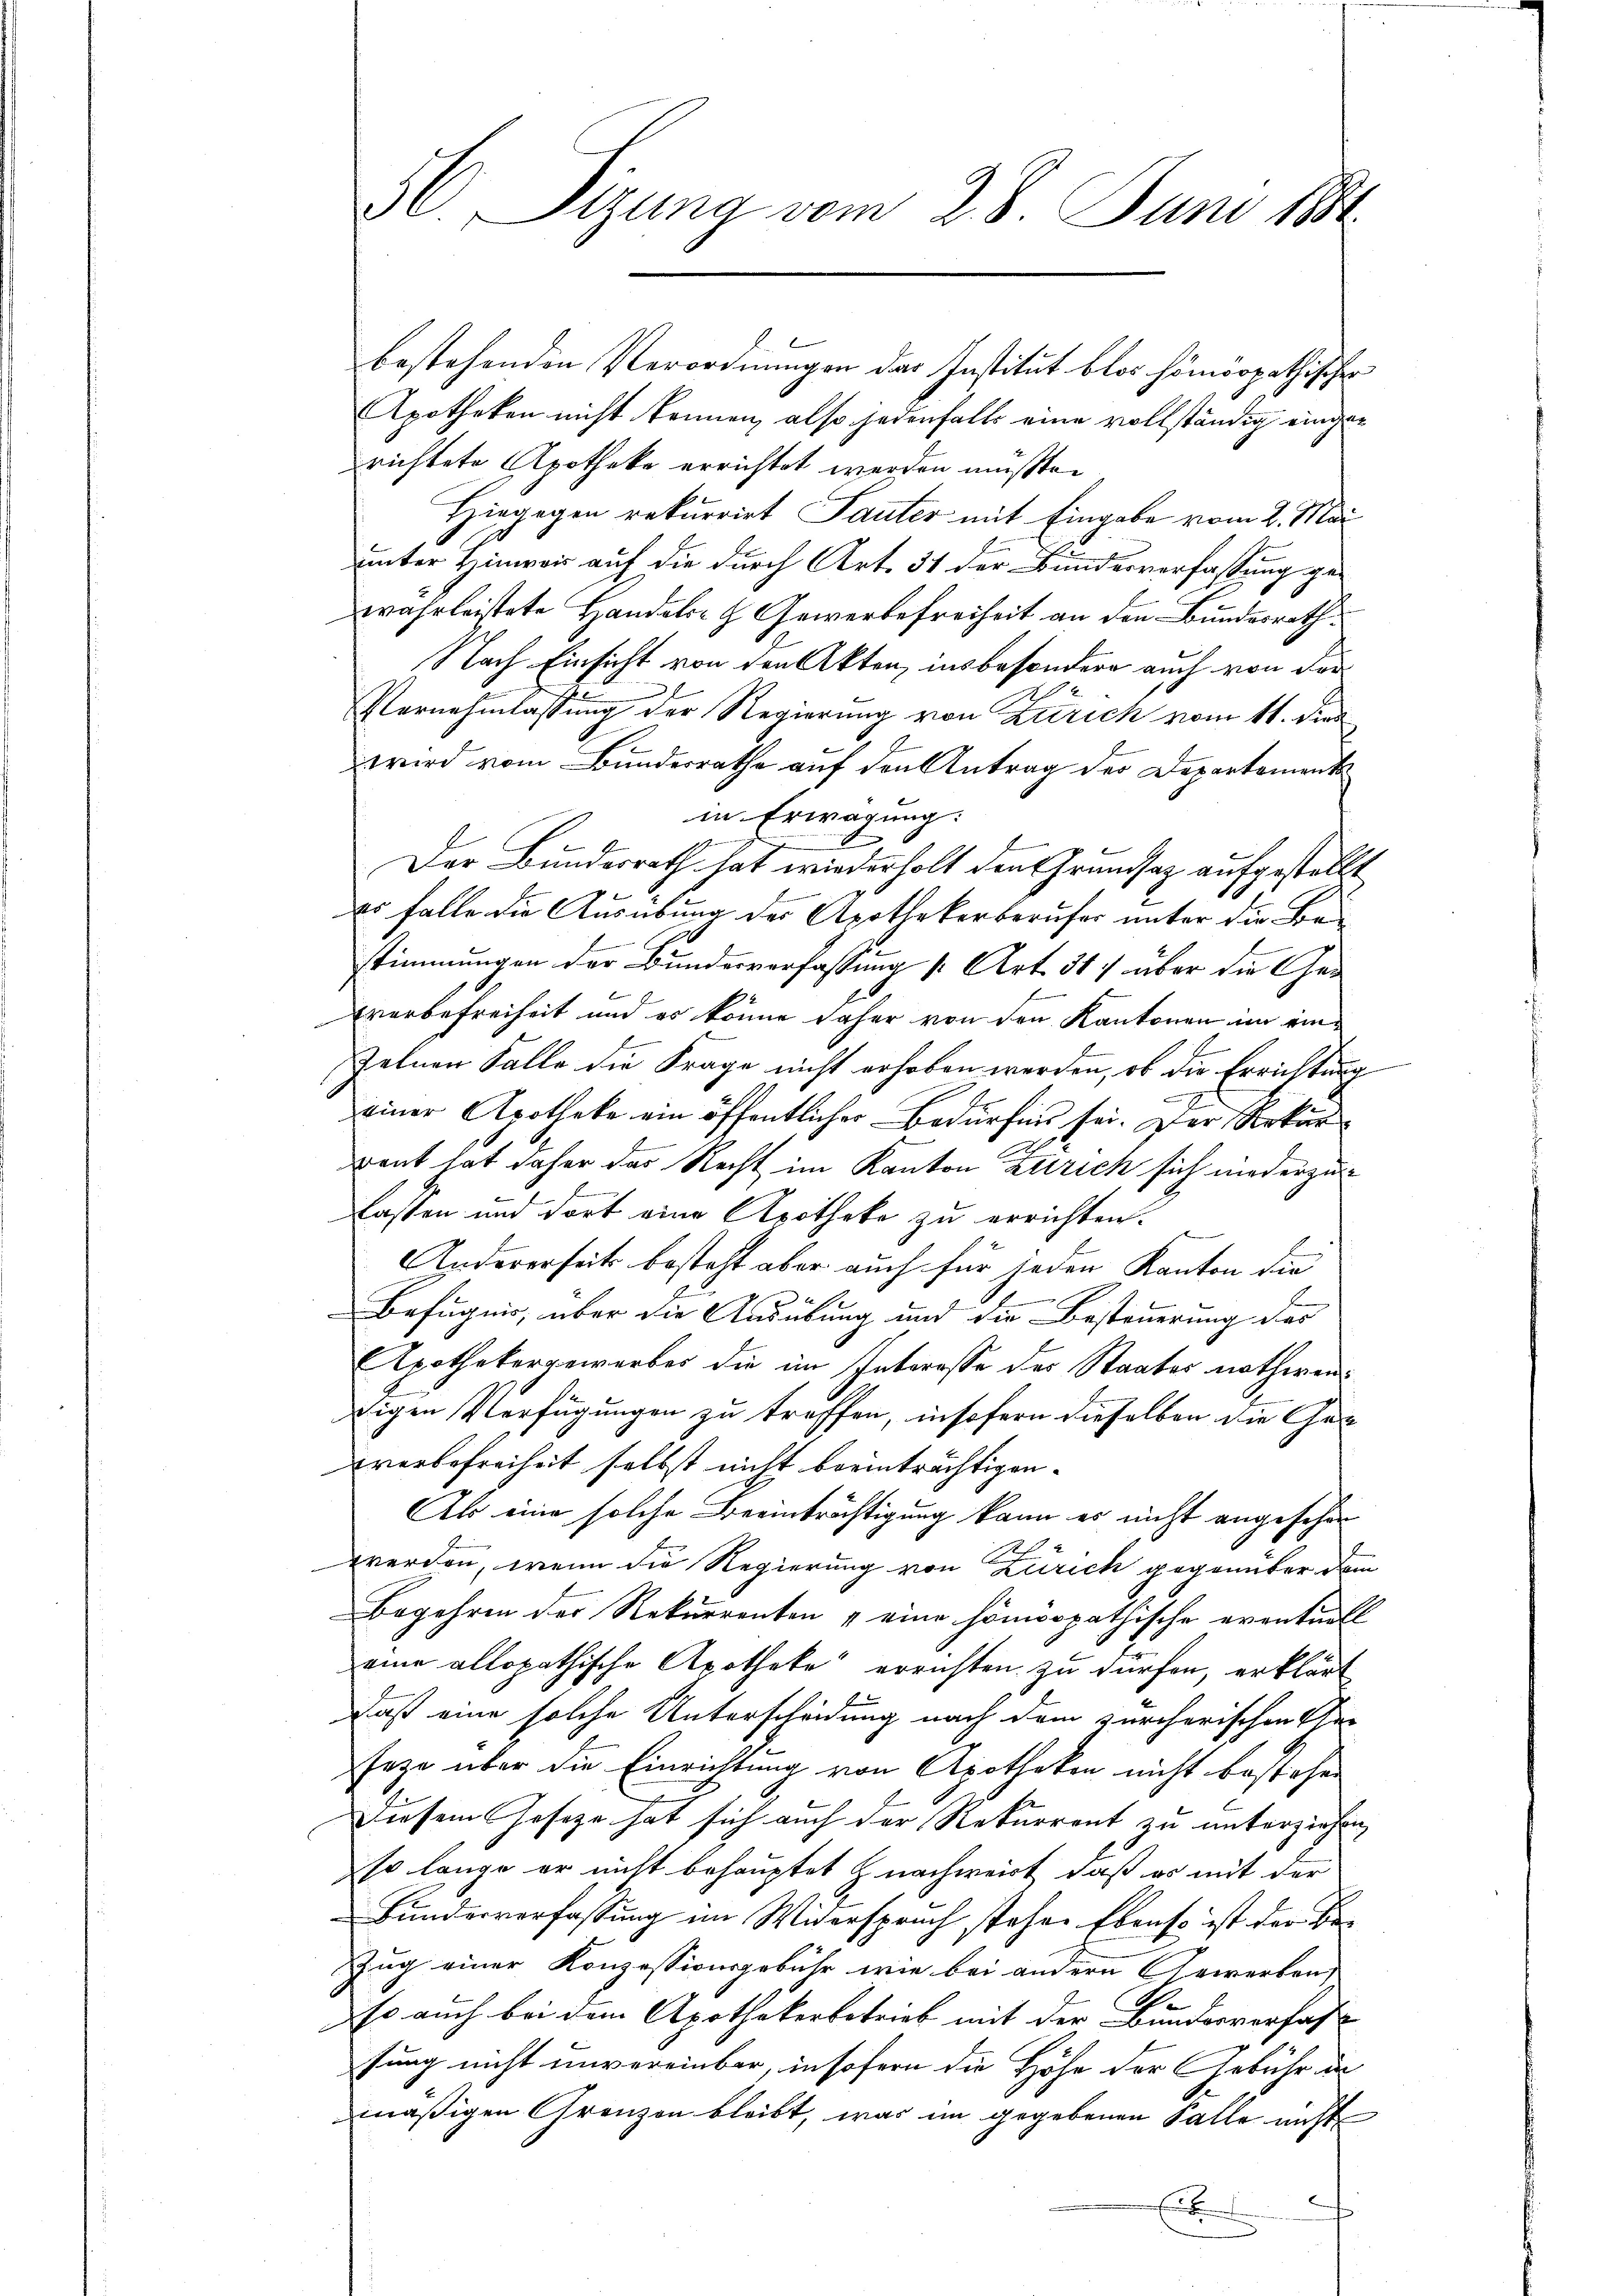
36. Sizung vom 28. Juni 1884.

bestehenden Verordnungen das Institut blos homorpathischer
Apotheken nicht kennen, also jedenfalls eine vollständig eingerichtete Apotheke errichtet werden müßte.
Hingegen rekurrirt Sauter mit Eingabe vom 2. Mai
unter Hinweis auf die durch Art. 31 der Bundesverfassung ge-
wahrleistete Handels- & Gewerbefreiheit an den Bundesrath
Nach Einsicht von den Akten, insbesondere auch von der
Vernehmlassung der Regierung von Zürich vom 11. dies
b
wird vom Bundesrathe auf den Antrag des Departements
in Erwägung.
Der Bundesrath hat wiederholt den Grundsaz aufgestellt
c
es falle die Ausübung des Apothekerberufer unter die Beistimmungen der Bundesverfassung [Art. 317 über die Gewerbefreiheit und es könne daher von den Kantonen im ein¬
Zelnen Falle die Frage nicht erhoben werden, ob die Errichtung
einer Apotheke ein öffentlicher Bedürfen sei. Der Rekur
rent hat daher das Recht im Kanton Zürich sich niederzulassen und dort eine Apotheka zu errichten.
Andererseits besteht aber auch für jeden Kanton die
Befugnis, über die Ausübung und die Besteuerung des
Apothekergeworbes die im Interesse des Staates nothwendigen Verfügungen zu treffen, insofern dieselben die Ge- |
werbefreiheit selbst nicht beeinträchtigen.
Als eine solche Beeinträchtigung kann es nicht angesehen
werden, wenn die Regierung von Zürich gegenüber dem
Begehren der Rekurrenten & eine homöopathische eventuell
eine allopathische Apotheke errichten zu dürfen, erklärt
daß eine solche Unterscheidung nach dem zürcherischen Ver
seze über die Einrichtung von Apotheken nicht bestehen
Diesem Gesetze hat sich auch der Rekurrent zu unterziehen,
so lange er nicht behauptet & nachweist, daß es mit der
Bundesverfassung im Widerspruch stehen Ebenso ist der Be-
Zug einer Konzessionsgebühr wie bei andern Gewerben
so auch bei dem Apothekerbetrieb mit der Bundesverfas
sung nicht unvereinbar, insofern die Höhe der Gebühr in
mäßigen Grenzen bleibt, was im gegebenen Falle nicht
E